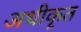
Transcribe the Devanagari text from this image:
अधीकॄत